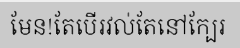
មែន!តែបើរវល់តែនៅក្បែរ